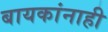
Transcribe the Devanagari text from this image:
बायकांनाही